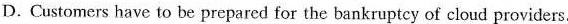
D.Customers have to be prepared for the bankruptcy of cloud providers.